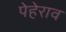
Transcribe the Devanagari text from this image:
पेहेराव